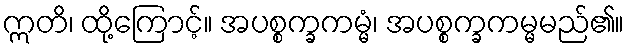
ဣတိ၊ ထို့ကြောင့်။ အပစ္စက္ခကမ္မံ၊ အပစ္စက္ခကမ္မမည်၏။